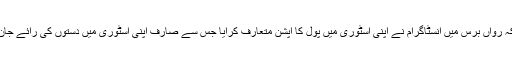
واضح رہے کہ رواں برس میں انسٹاگرام نے اپنی اسٹوری میں پول کا آپشن متعارف کرایا جس سے صارف اپنی اسٹوری میں دستوں کی رائے جان سکتے تھے۔